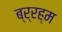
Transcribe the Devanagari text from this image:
ब्र्रह्म